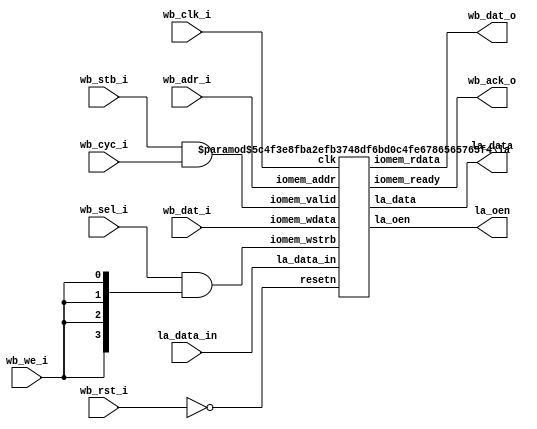
// SPDX-FileCopyrightText: 2020 Efabless Corporation
//
// Licensed under the Apache License, Version 2.0 (the "License");
// you may not use this file except in compliance with the License.
// You may obtain a copy of the License at
//
//      http://www.apache.org/licenses/LICENSE-2.0
//
// Unless required by applicable law or agreed to in writing, software
// distributed under the License is distributed on an "AS IS" BASIS,
// WITHOUT WARRANTIES OR CONDITIONS OF ANY KIND, either express or implied.
// See the License for the specific language governing permissions and
// limitations under the License.
// SPDX-License-Identifier: Apache-2.0

`default_nettype none
module la_wb # (
    parameter BASE_ADR  = 32'h 2200_0000,
    parameter LA_DATA_0 = 8'h00,
    parameter LA_DATA_1 = 8'h04,
    parameter LA_DATA_2 = 8'h08,
    parameter LA_DATA_3 = 8'h0c,
    parameter LA_ENA_0 = 8'h10,
    parameter LA_ENA_1 = 8'h14,
    parameter LA_ENA_2 = 8'h18,
    parameter LA_ENA_3 = 8'h1c
) (
    input wb_clk_i,
    input wb_rst_i,

    input [31:0] wb_dat_i,
    input [31:0] wb_adr_i,
    input [3:0] wb_sel_i,
    input wb_cyc_i,
    input wb_stb_i,
    input wb_we_i,

    output [31:0] wb_dat_o,
    output wb_ack_o,

    input  [127:0] la_data_in, // From MPRJ 
    output [127:0] la_data,
    output [127:0] la_oen
);

    wire resetn;
    wire valid;
    wire ready;
    wire [3:0] iomem_we;

    assign resetn = ~wb_rst_i;
    assign valid = wb_stb_i && wb_cyc_i; 

    assign iomem_we = wb_sel_i & {4{wb_we_i}};
    assign wb_ack_o = ready;

    la #(
        .BASE_ADR(BASE_ADR),
        .LA_DATA_0(LA_DATA_0),
        .LA_DATA_1(LA_DATA_1),
        .LA_DATA_2(LA_DATA_2),
        .LA_DATA_3(LA_DATA_3),
        .LA_ENA_0(LA_ENA_0),
        .LA_ENA_1(LA_ENA_1),
        .LA_ENA_2(LA_ENA_2),
        .LA_ENA_3(LA_ENA_3)
    ) la_ctrl (
        .clk(wb_clk_i),
        .resetn(resetn),
        .iomem_addr(wb_adr_i),
        .iomem_valid(valid),
        .iomem_wstrb(iomem_we),
        .iomem_wdata(wb_dat_i),
        .iomem_rdata(wb_dat_o),
        .iomem_ready(ready),
        .la_data_in(la_data_in),
        .la_data(la_data),
        .la_oen(la_oen)
    );
    
endmodule

module la #(
    parameter BASE_ADR  = 32'h 2200_0000,
    parameter LA_DATA_0 = 8'h00,
    parameter LA_DATA_1 = 8'h04,
    parameter LA_DATA_2 = 8'h08,
    parameter LA_DATA_3 = 8'h0c,
    parameter LA_ENA_0  = 8'h10,
    parameter LA_ENA_1  = 8'h14,
    parameter LA_ENA_2  = 8'h18,
    parameter LA_ENA_3  = 8'h1c
) (
    input clk,
    input resetn,

    input [31:0] iomem_addr,
    input iomem_valid,
    input [3:0] iomem_wstrb,
    input [31:0] iomem_wdata,

    output reg [31:0] iomem_rdata,
    output reg iomem_ready,

    input  [127:0] la_data_in, // From MPRJ 
    output [127:0] la_data,    // To MPRJ
    output [127:0] la_oen
);

    reg [31:0] la_data_0;		
    reg [31:0] la_data_1;		
    reg [31:0] la_data_2;		
    reg [31:0] la_data_3; 

    reg [31:0] la_ena_0;		
    reg [31:0] la_ena_1;		
    reg [31:0] la_ena_2;		
    reg [31:0] la_ena_3;    
    
    wire [3:0] la_data_sel;
    wire [3:0] la_ena_sel;

    assign la_data = {la_data_3, la_data_2, la_data_1, la_data_0};
    assign la_oen  = {la_ena_3, la_ena_2, la_ena_1, la_ena_0};

    assign la_data_sel = {
        (iomem_addr[7:0] == LA_DATA_3),
        (iomem_addr[7:0] == LA_DATA_2),
        (iomem_addr[7:0] == LA_DATA_1),
        (iomem_addr[7:0] == LA_DATA_0)
    };

    assign la_ena_sel = {
        (iomem_addr[7:0] == LA_ENA_3),
        (iomem_addr[7:0] == LA_ENA_2),
        (iomem_addr[7:0] == LA_ENA_1),
        (iomem_addr[7:0] == LA_ENA_0)
    };


    always @(posedge clk) begin
        if (!resetn) begin
            la_data_0 <= 0;
            la_data_1 <= 0;
            la_data_2 <= 0;
            la_data_3 <= 0;
            la_ena_0  <= 32'hFFFF_FFFF;  // default is tri-state buff disabled
            la_ena_1  <= 32'hFFFF_FFFF;
            la_ena_2  <= 32'hFFFF_FFFF;
            la_ena_3  <= 32'hFFFF_FFFF;
        end else begin
            iomem_ready <= 0;
            if (iomem_valid && !iomem_ready && iomem_addr[31:8] == BASE_ADR[31:8]) begin
                iomem_ready <= 1'b 1;
                
                if (la_data_sel[0]) begin
                    iomem_rdata <= la_data_0 | (la_data_in[31:0] & la_ena_0);

                    if (iomem_wstrb[0]) la_data_0[ 7: 0] <= iomem_wdata[ 7: 0];
                    if (iomem_wstrb[1]) la_data_0[15: 8] <= iomem_wdata[15: 8];
                    if (iomem_wstrb[2]) la_data_0[23:16] <= iomem_wdata[23:16];
                    if (iomem_wstrb[3]) la_data_0[31:24] <= iomem_wdata[31:24];

                end else if (la_data_sel[1]) begin
                    iomem_rdata <= la_data_1 | (la_data_in[63:32] & la_ena_1);

                    if (iomem_wstrb[0]) la_data_1[ 7: 0] <= iomem_wdata[ 7: 0];
                    if (iomem_wstrb[1]) la_data_1[15: 8] <= iomem_wdata[15: 8];
                    if (iomem_wstrb[2]) la_data_1[23:16] <= iomem_wdata[23:16];
                    if (iomem_wstrb[3]) la_data_1[31:24] <= iomem_wdata[31:24];

                end else if (la_data_sel[2]) begin
                    iomem_rdata <= la_data_2 | (la_data_in[95:64] & la_ena_2);

                    if (iomem_wstrb[0]) la_data_2[ 7: 0] <= iomem_wdata[ 7: 0];
                    if (iomem_wstrb[1]) la_data_2[15: 8] <= iomem_wdata[15: 8];
                    if (iomem_wstrb[2]) la_data_2[23:16] <= iomem_wdata[23:16];
                    if (iomem_wstrb[3]) la_data_2[31:24] <= iomem_wdata[31:24];

                end else if (la_data_sel[3]) begin
                    iomem_rdata <= la_data_3 | (la_data_in[127:96] & la_ena_3);

                    if (iomem_wstrb[0]) la_data_3[ 7: 0] <= iomem_wdata[ 7: 0];
                    if (iomem_wstrb[1]) la_data_3[15: 8] <= iomem_wdata[15: 8];
                    if (iomem_wstrb[2]) la_data_3[23:16] <= iomem_wdata[23:16];
                    if (iomem_wstrb[3]) la_data_3[31:24] <= iomem_wdata[31:24];
                end else if (la_ena_sel[0]) begin
                    iomem_rdata <= la_ena_0;

                    if (iomem_wstrb[0]) la_ena_0[ 7: 0] <= iomem_wdata[ 7: 0];
                    if (iomem_wstrb[1]) la_ena_0[15: 8] <= iomem_wdata[15: 8];
                    if (iomem_wstrb[2]) la_ena_0[23:16] <= iomem_wdata[23:16];
                    if (iomem_wstrb[3]) la_ena_0[31:24] <= iomem_wdata[31:24];
                end else if (la_ena_sel[1]) begin
                    iomem_rdata <= la_ena_1;

                    if (iomem_wstrb[0]) la_ena_1[ 7: 0] <= iomem_wdata[ 7: 0];
                    if (iomem_wstrb[1]) la_ena_1[15: 8] <= iomem_wdata[15: 8];
                    if (iomem_wstrb[2]) la_ena_1[23:16] <= iomem_wdata[23:16];
                    if (iomem_wstrb[3]) la_ena_1[31:24] <= iomem_wdata[31:24];
                end else if (la_ena_sel[2]) begin
                    iomem_rdata <= la_ena_2;

                    if (iomem_wstrb[0]) la_ena_2[ 7: 0] <= iomem_wdata[ 7: 0];
                    if (iomem_wstrb[1]) la_ena_2[15: 8] <= iomem_wdata[15: 8];
                    if (iomem_wstrb[2]) la_ena_2[23:16] <= iomem_wdata[23:16];
                    if (iomem_wstrb[3]) la_ena_2[31:24] <= iomem_wdata[31:24];
                end else if (la_ena_sel[3]) begin
                    iomem_rdata <= la_ena_3;

                    if (iomem_wstrb[0]) la_ena_3[ 7: 0] <= iomem_wdata[ 7: 0];
                    if (iomem_wstrb[1]) la_ena_3[15: 8] <= iomem_wdata[15: 8];
                    if (iomem_wstrb[2]) la_ena_3[23:16] <= iomem_wdata[23:16];
                    if (iomem_wstrb[3]) la_ena_3[31:24] <= iomem_wdata[31:24];
                end 
            end
        end
    end

endmodule
`default_nettype wire